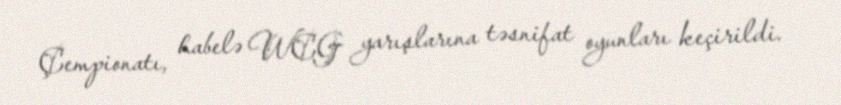
Çempionatı, habelə WCG yarışlarına təsnifat oyunları keçirildi.